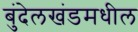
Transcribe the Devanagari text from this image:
बुंदेलखंडमधील